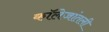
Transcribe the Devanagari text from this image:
कॉलेजांतली